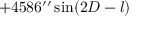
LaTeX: + 4 5 8 6 ^ { \prime \prime } \sin ( 2 D - l )